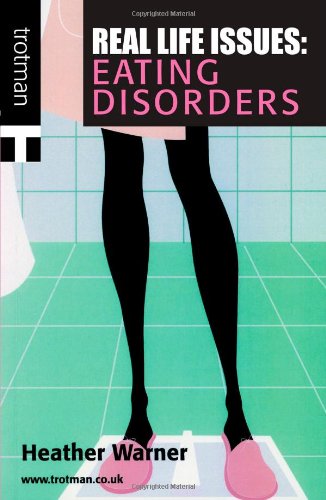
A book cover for Real Life Issues: Eating Disorders; Heather Warner; Health, Fitness & Dieting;